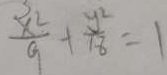
\frac { x ^ { 2 } } { 9 } + \frac { y ^ { 2 } } { 1 8 } = 1